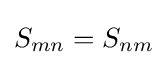
S_{mn}=S_{nm}